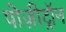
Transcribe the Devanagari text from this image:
पोज़ीट्रॉन